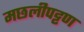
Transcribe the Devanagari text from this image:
मछलीपट्टण